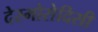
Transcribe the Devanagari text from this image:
देस्मोसेदिसी